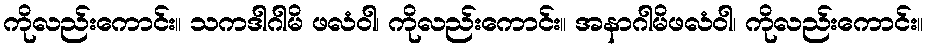
ကိုလည်းကောင်း။ သကဒါဂါမိ ဖလံဝါ၊ ကိုလည်းကောင်း။ အနာဂါမိဖလံဝါ၊ ကိုလည်းကောင်း။